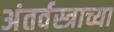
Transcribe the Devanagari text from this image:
अंतर्वस्त्राच्या